NAE_ERA_R-2362_Emakeele_Selts, lk 6
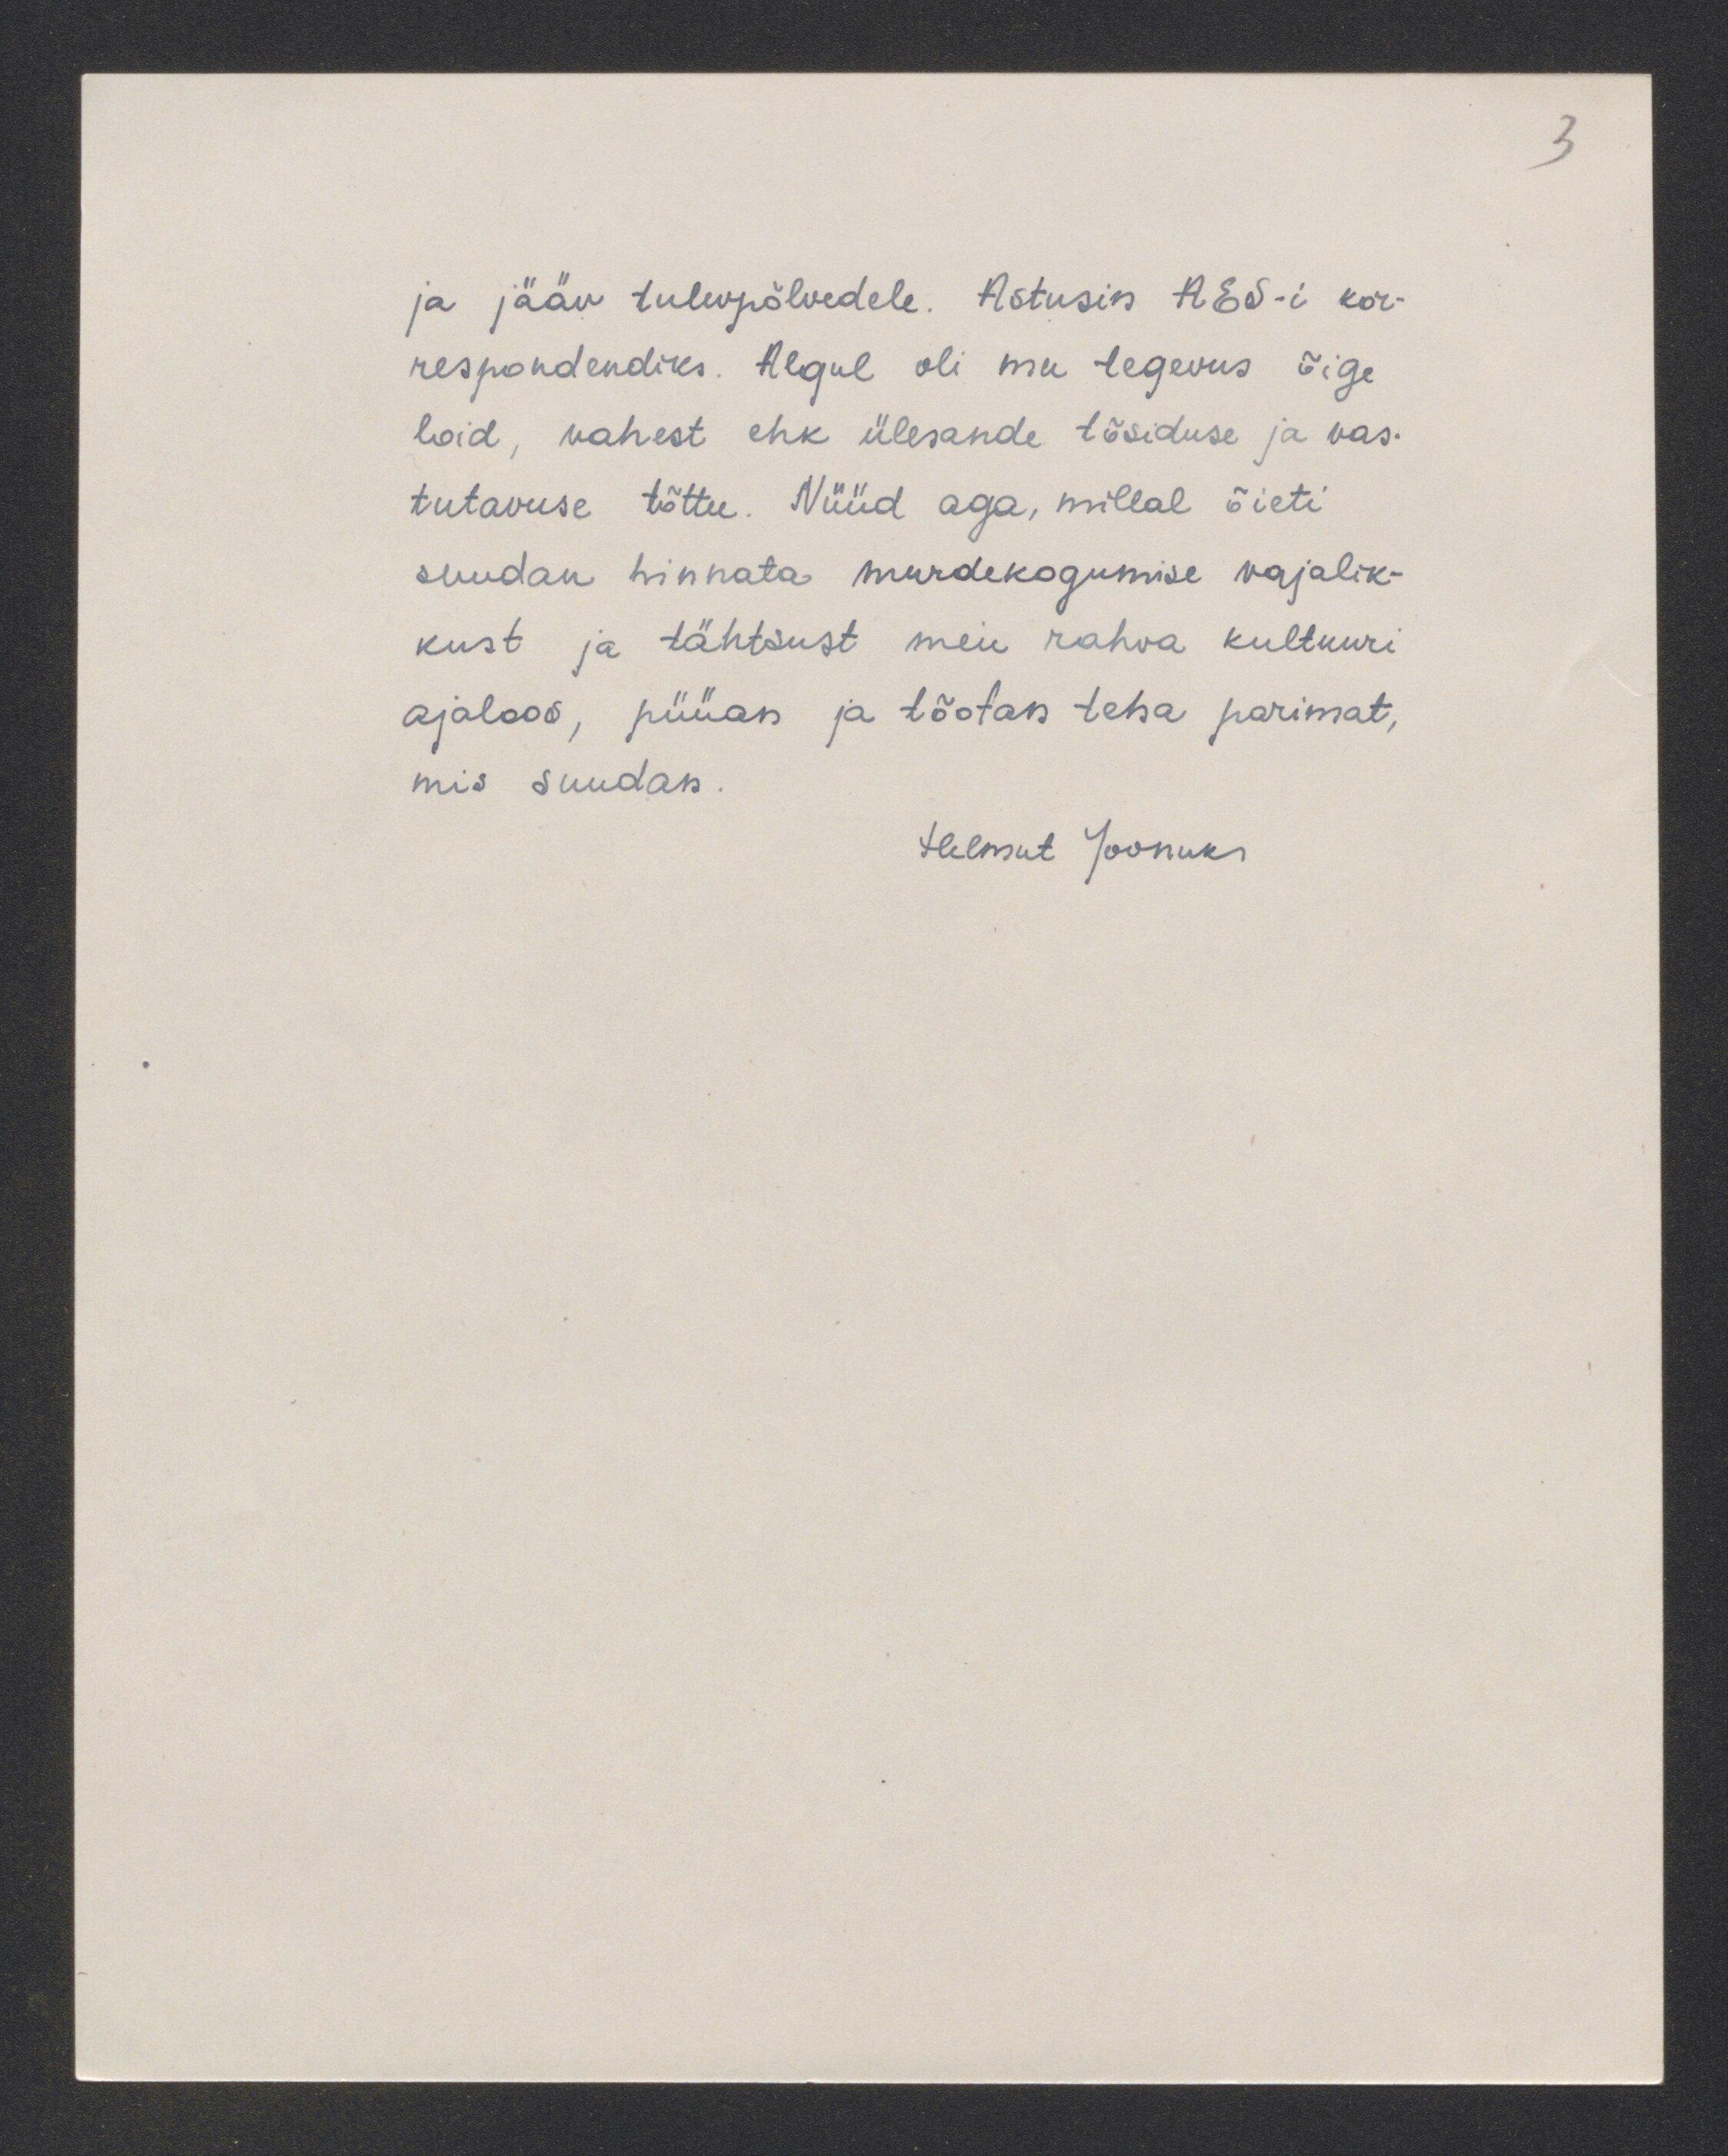
3

ja jääv tulevpõlvedele. Astusin AES-i kor-
respondendiks. Algul oli mu tegevus õige
loid, vahest ehk ülesande tõsiduse ja vas-
tutavuse tõttu. Nüüd aga, millal õieti
suudan hinnata murdekogumise vajalik-
kust ja tähtsust meie rahva kultuuri,
ajaloos, püüan ja tõotan teha parimat,
mis suudan.
Helmut Joonuks